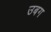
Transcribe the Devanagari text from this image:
उबग